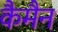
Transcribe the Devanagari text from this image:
कैमैन